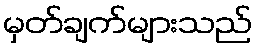
မှတ်ချက်များသည်